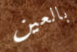
بالعين